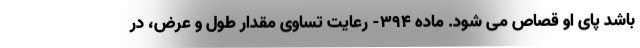
باشد پای او قصاص می شود. ماده ۳۹۴- رعایت تساوی مقدار طول و عرض، در